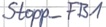
Text: Stopp_FB1